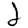
Digit: 2